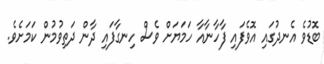
ބޮޑުވެ އެނދުގައި އޮވެފައި ފާހާނާއާ ހަަމަޔަށް ވެސް ހިނގާފައި ދާން ދަތިވުމުން ކަމަށެވެ.